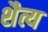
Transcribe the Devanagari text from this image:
शैत्य